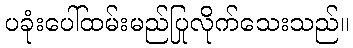
ပခုံးပေါ်ထမ်းမည်ပြုလိုက်သေးသည်။